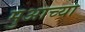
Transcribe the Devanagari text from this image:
मुआच्या